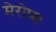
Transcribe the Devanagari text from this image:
मेरोप्स